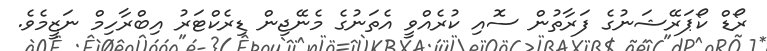
ރޯޑް ކޯޕަރޭޝަނުގެ ފަރާތުން ސޮއި ކުރެއްވީ އެތަނުގެ މެނޭޖިން ޑިރެކްޓަރު އިބްރާހިމް ނަޒީމެވެ.